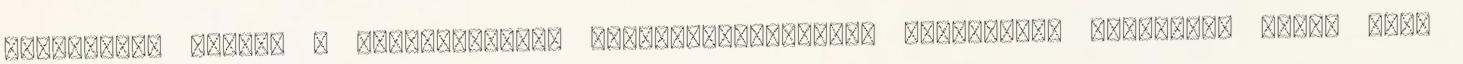
szervezet, akinek a szolgálatában megszámlálhatatlan különleges képességű ember áll,